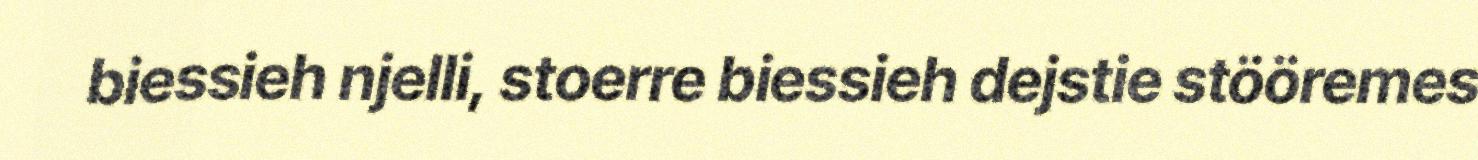
biessieh njelli, stoerre biessieh dejstie stööremes